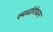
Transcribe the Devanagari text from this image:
स्पर्धारोधन